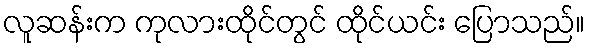
လူဆန်းက ကုလားထိုင်တွင် ထိုင်ယင်း ပြောသည်။